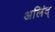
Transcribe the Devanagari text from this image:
अलिंद्